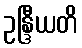
ဥန္ဒြီယတိ